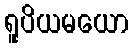
ရူပိယမယော